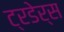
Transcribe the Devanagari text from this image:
ट्रडेर्स